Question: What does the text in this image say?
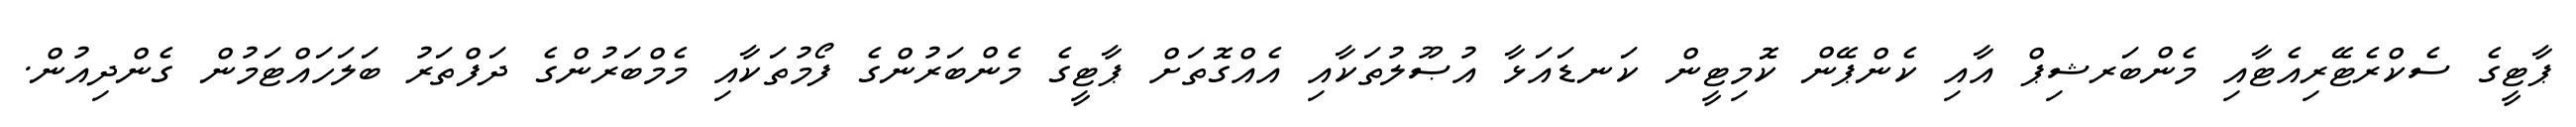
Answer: ޕާޓީގެ ސެކްރެޓޭރިއެޓާއި މެންބަރޝިޕް އާއި ކެންޕޭން ކޮމިޓީން ކަނޑައަޅާ އުޞޫލުތަކާއި އެއްގޮތަށް ޕާޓީގެ މެންބަރުންގެ ފޯމުތަކާއި މެމްބަރުންގެ ދަފްތަރު ބަލަހައްޓަމުން ގެންދިއުން.